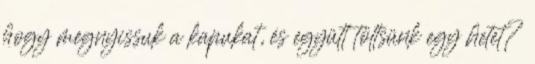
hogy megnyissuk a kapukat, és együtt töltsünk egy hetet?